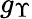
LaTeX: g_{\Upsilon}